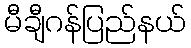
မီချီဂန်ပြည်နယ်